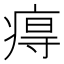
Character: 𤷙